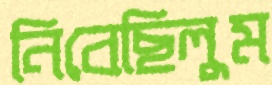
নিবেছিলুম